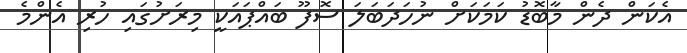
އެކަން ދެން މާބޮޑު ކަމަކަށް ނުހަދަބަލަ ސޮފޫ ބައްޕައަކީ މިރަށުގައި ހުރި އެންމެ